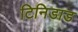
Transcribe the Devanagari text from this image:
टिनिडाड